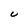
Character: U